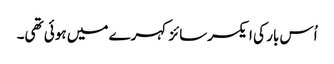
اُس بار کی ایکسرسائز کہرے میں ہوئی تھی۔